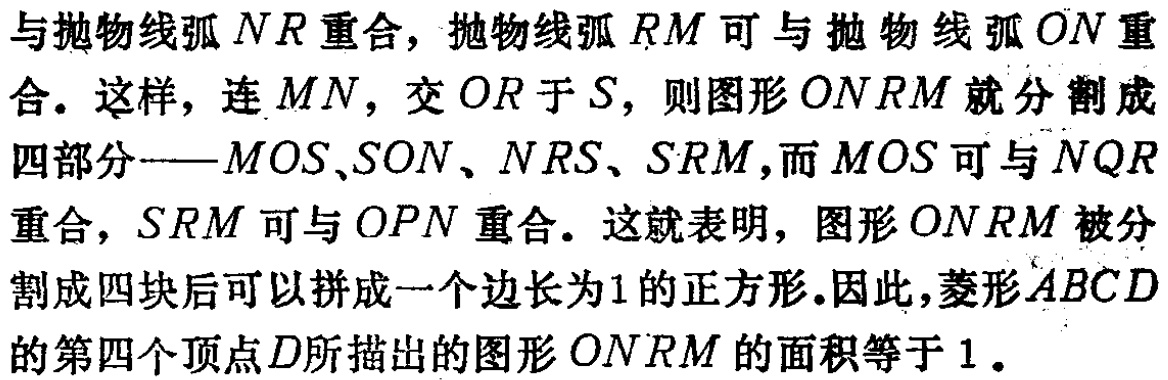
与抛物线弧 \(NR\) 重合，抛物线弧 \(RM\) 可与抛物线弧 \(ON\) 重
合。这样，连 \(MN\)，交 \(OR\) 于 \(S\)，则图形 \(ONRM\) 就分割成
四部分——\(MOS\)、\(SON\)、\(NRS\)、\(SRM\)，而 \(MOS\) 可与 \(NQR\)
重合，\(SRM\) 可与 \(OPN\) 重合。这就表明，图形 \(ONRM\) 被分
割成四块后可以拼成一个边长为1的正方形。因此，菱形 \(ABCD\)
的第四个顶点 \(D\) 所描出的图形 \(ONRM\) 的面积等于 \(1\)。